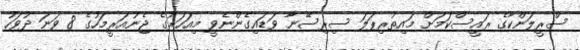
ސްރީލަންކާގެ ރައީސްކަމަށް މައިތުރިޕަލަ ސިރިސޭނާ ވަޑައިގެންނެވީ މިއަހަރުގެ ޖެނުއަރީމަހުގެ 8 ވަނަ ދުވަހު